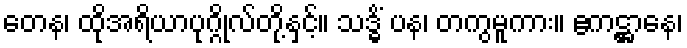
တေန၊ ထိုအရိယာပုဂ္ဂိုလ်တို့နှင့်။ သဒ္ဓိံ ပန၊ တကွမူကား။ ဧကဋ္ဌာနေ၊